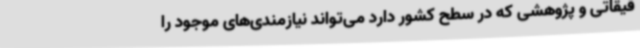
قیقاتی و پژوهشی که در سطح کشور دارد می‌تواند نیازمندی‌های موجود را